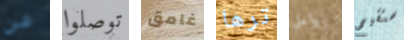
عن توصلوا غامق ترها للأعلي ستقيم